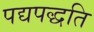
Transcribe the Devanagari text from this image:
पद्यपद्धति